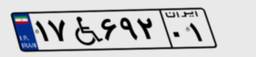
۷۱W۲۷۰۴۷